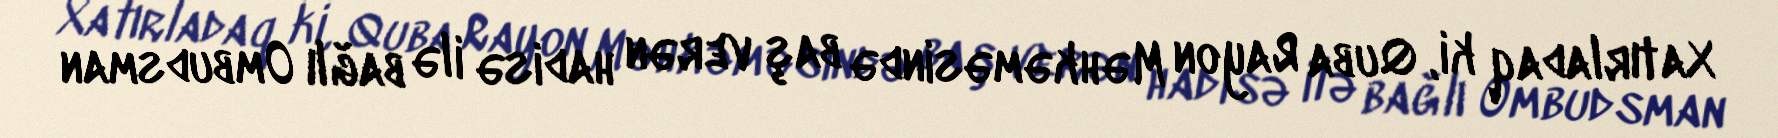
Xatırladaq ki, Quba Rayon Məhkəməsində baş verən hadisə ilə bağlı Ombudsman